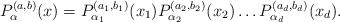
LaTeX: \begin{align*}P^{(a,b)}_\alpha(x)=P^{(a_1,b_1)}_{\alpha_1}(x_1)P^{(a_2,b_2)}_{\alpha_2}(x_2)\dots P^{(a_d,b_d)}_{\alpha_d}(x_d).\end{align*}